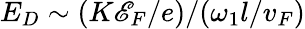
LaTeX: E_{D}\sim(K\mathscr{E}_{F}/e)/(\omega_{1}l/v_{F})